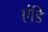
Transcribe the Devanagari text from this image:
एंडि